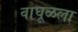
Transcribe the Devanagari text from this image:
वाघूळला